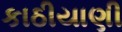
કાઠીયાણી